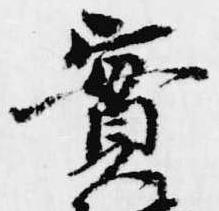
実